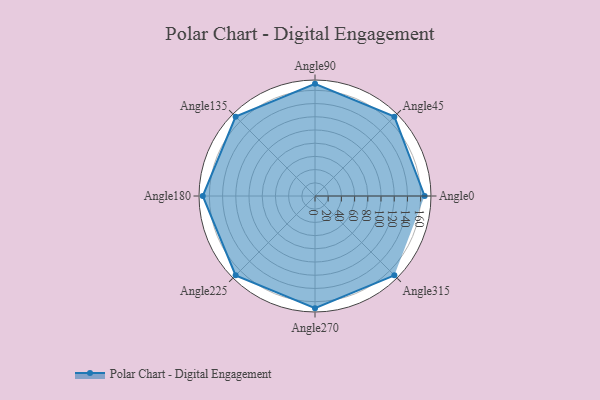
{"axis": {"x": "Angle", "y": "Radius"}, "legend": [""], "data": [{"x": "Angle0", "y": 166.0, "type": ""}, {"x": "Angle45", "y": 170.0, "type": ""}, {"x": "Angle90", "y": 170, "type": ""}, {"x": "Angle135", "y": 170, "type": ""}, {"x": "Angle180", "y": 170, "type": ""}, {"x": "Angle225", "y": 170, "type": ""}, {"x": "Angle270", "y": 170, "type": ""}, {"x": "Angle315", "y": 170, "type": ""}]}